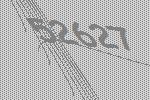
52627